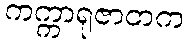
ကက္ကာရုဇာတက